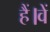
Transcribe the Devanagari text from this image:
हैं।वें